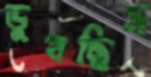
ডুবছিস